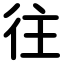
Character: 往